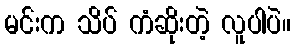
မင်းက သိပ် ကံဆိုးတဲ့ လူပါပဲ။